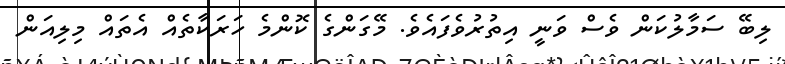
ލިބޭ ސަމާލުކަން ވެސް ވަނީ އިތުރުވެފައެވެ. މޭގަންގެ ކޮންމެ ހަރަކާތެއް އެތައް މިލިއަން